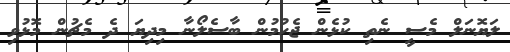
ލަޔޮނަލް މެސީ ނެތި ކުޅެން ޖެހުމުން ބާސެލޯނާ މިދިޔަ ދެ މެޗުން މޮޅުވި